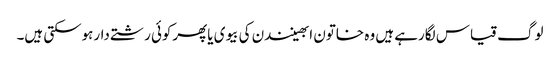
لوگ قیاس لگارہے ہیں وہ خاتون ابھینندن کی بیوی یاپھرکوئی رشتے دارہوسکتی ہیں۔